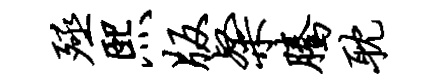
殛熙版粲腾耽